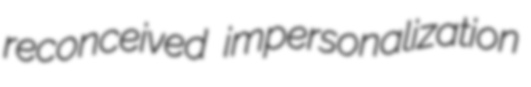
reconceived impersonalization